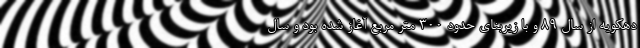
دهکویه از سال ۸۹ و با زیربنای حدود ۳۰۰ متر مربع آغاز شده بود و سال